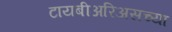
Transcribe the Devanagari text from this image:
टायबीअरिअसच्या